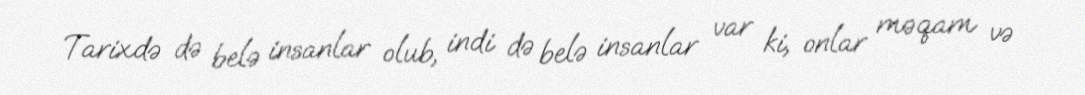
Tarixdə də belə insanlar olub, indi də belə insanlar var ki, onlar məqam və